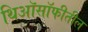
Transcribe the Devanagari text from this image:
थिऑसॉफीतील